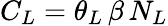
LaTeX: {{C}_{L}}={{\theta}_{L}}\, \beta\, {{N}_{L}}